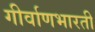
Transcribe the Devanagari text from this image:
गीर्वाणभारती